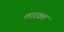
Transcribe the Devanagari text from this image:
लारवल